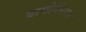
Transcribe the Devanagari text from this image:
बायोगॅसवर